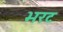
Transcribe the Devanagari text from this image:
भरट